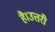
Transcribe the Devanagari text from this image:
है।उत्तरी